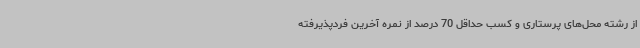
از رشته محل‌های پرستاری و کسب حداقل 70 درصد از نمره آخرین فردپذیرفته